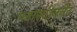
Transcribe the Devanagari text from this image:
प्लास्टीननेट